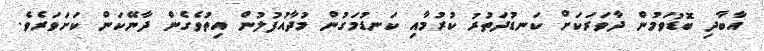
އާބާދި ބޮޑުވަމުން ދާވަރަކަށް ކަނޑުދަތުރު ކުރުމާއި ކަނޑުމަގުން މުދާއުފުލުން އިތުވެގެން ދާނޭކަން ކަށަވަރެވެ.